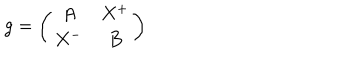
g = \left( \begin{array} { c c } { { A } } & { { X ^ { + } } } \\ { { X ^ { - } } } & { { B } } \\ \end{array} \right)